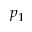
p _ { 1 }